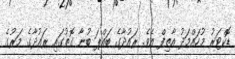
ޑޮކްޓަރު މުހައްމަދު އާތިފް އެވެ. ރައުދާގެ ބައްޕަ ބުނާ ގޮތުގައި ރައުދާގެ މަރުގެ